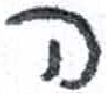
אות: ה